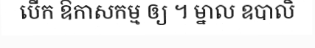
បើក ឱកាសកម្ម ឲ្យ ។ ម្នាល ឧបាលិ